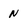
Character: n